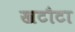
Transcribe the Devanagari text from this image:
खटौटा